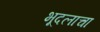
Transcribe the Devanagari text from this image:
भूदलाचा